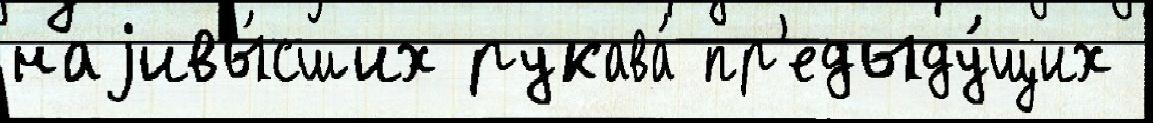
наjивы́сших рукава́ пр'едыду́щих